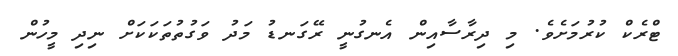
ޓްރެކް ކުރުމަށެވެ. މި ދިރާސާއިން އެނގުނީ ރޭގަނޑު މަދު ވަގުތުތަކަކަށް ނިދި މީހުން